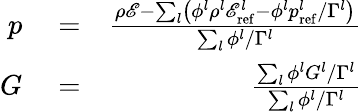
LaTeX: \begin{array}{rlr}{p}&{{}=}&{\frac{\rho\mathscr{E}-\sum_{l}\left(\phi^{l}\rho^{l}\mathscr{E}_{\mathrm{ref}}^{l}-\phi^{l}p_{\mathrm{ref}}^{l}/\Gamma^{l}\right)}{\sum_{l}\phi^{l}/\Gamma^{l}}}\\ {G}&{{}=}&{\frac{\sum_{l}\phi^{l}G^{l}/\Gamma^{l}}{\sum_{l}\phi^{l}/\Gamma^{l}}}\end{array}